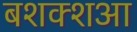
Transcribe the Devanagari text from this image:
बशक्शआ